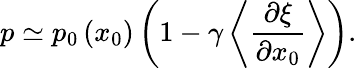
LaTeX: p\simeq p_{0}\left(x_{0}\right)\left(1-\gamma\left\langle\frac{\partial\xi}{\partial x_{0}}\right\rangle\right).